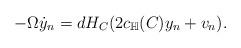
LaTeX: \begin{align*}-\Omega \dot{y}_n = dH_C(2c_{\mathbb{H}}(C) y_n + v_n).\end{align*}